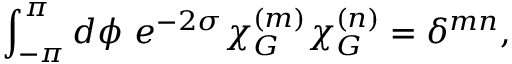
\int _ { - \pi } ^ { \pi } d \phi \, \, e ^ { - 2 \sigma } \chi _ { G } ^ { ( m ) } \chi _ { G } ^ { ( n ) } = \delta ^ { m n } ,